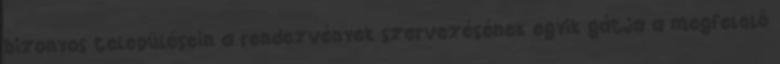
bizonyos településein a rendezvények szervezésének egyik gátja a megfelelő